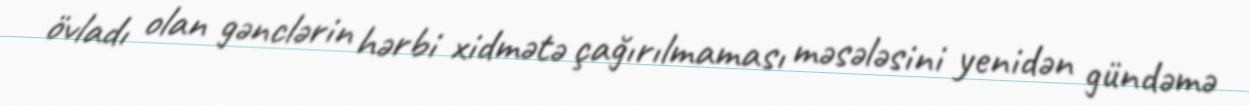
övladı olan gənclərin hərbi xidmətə çağırılmaması məsələsini yenidən gündəmə